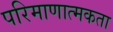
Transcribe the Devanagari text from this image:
परिमाणात्मकता